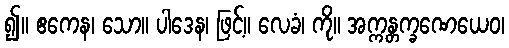
၍။ ဧကေန၊ သော။ ပါဒေန၊ ဖြင့်။ လေခံ၊ ကို။ အက္ကန္တက္ခဏေယေဝ၊